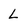
Character: L